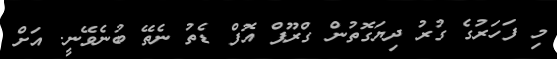
މި ފަހަރުގެ ގުރު ދިޔަގޮތުން ގްރޫޕް އޮފް ޑެތު ނެތޭ ބުނެވޭނީ. އަށް